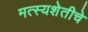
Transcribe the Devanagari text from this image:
मत्स्यशेतीचे